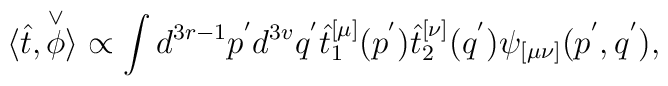
\langle\hat{t},\stackrel{\vee}{\phi}\rangle\propto\int d^{3r-1}p^{'} d^{3v}q^{'}\hat{t}_1^{[\mu]}(p^{'})\hat{t}_2^{[\nu]}(q^{'})\psi_{[\mu\nu]}(p^{'},q^{'}),